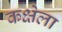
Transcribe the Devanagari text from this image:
कक्षेला